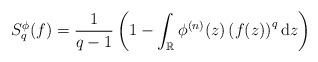
LaTeX: \begin{align*}S^{\phi}_{q}(f) = \frac{1}{q-1} \left(1- \int_{\mathbb{R}} \phi^{(n)}(z) \left( f(z) \right)^{q}{\rm d}z \right)\end{align*}